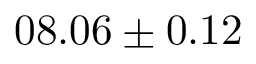
0 8 . 0 6 \pm 0 . 1 2